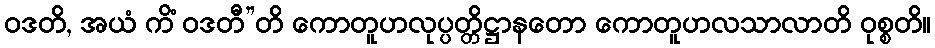
ဝဒတိ, အယံ ကိံ ဝဒတီ”တိ ကောတူဟလုပ္ပတ္တိဋ္ဌာနတော ကောတူဟလသာလာတိ ဝုစ္စတိ။